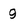
Character: g